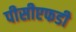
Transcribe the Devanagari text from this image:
पीसीएफडी